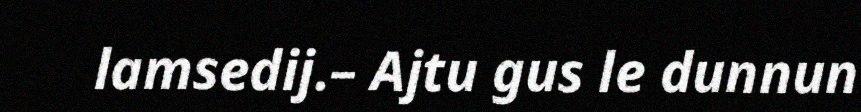
lamsedij.– Ajtu gus le dunnun